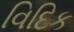
વિદિક